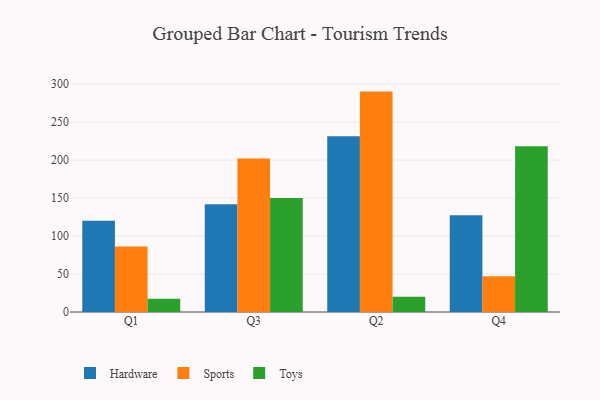
{"axis": {"x": "Quarter", "y": "Shipments"}, "legend": ["Hardware", "Sports", "Toys"], "data": [{"x": "Q1", "y": 120.2, "type": "Hardware"}, {"x": "Q1", "y": 86.2, "type": "Sports"}, {"x": "Q1", "y": 17.3, "type": "Toys"}, {"x": "Q3", "y": 141.9, "type": "Hardware"}, {"x": "Q3", "y": 202.0, "type": "Sports"}, {"x": "Q3", "y": 150.1, "type": "Toys"}, {"x": "Q2", "y": 231.2, "type": "Hardware"}, {"x": "Q2", "y": 290.1, "type": "Sports"}, {"x": "Q2", "y": 20.0, "type": "Toys"}, {"x": "Q4", "y": 127.4, "type": "Hardware"}, {"x": "Q4", "y": 47.2, "type": "Sports"}, {"x": "Q4", "y": 218.3, "type": "Toys"}]}